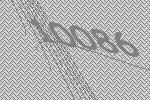
10086